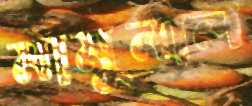
মামুনাল